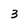
Character: 3